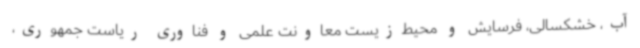
آب، خشکسالی، فرسایش و محیط‌زیست معاونت علمی و فناوری ریاست جمهوری،